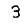
Digit: 3